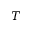
T